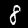
Digit: 8